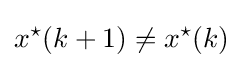
x^{\star }(k+1)\neq x^{\star }(k)